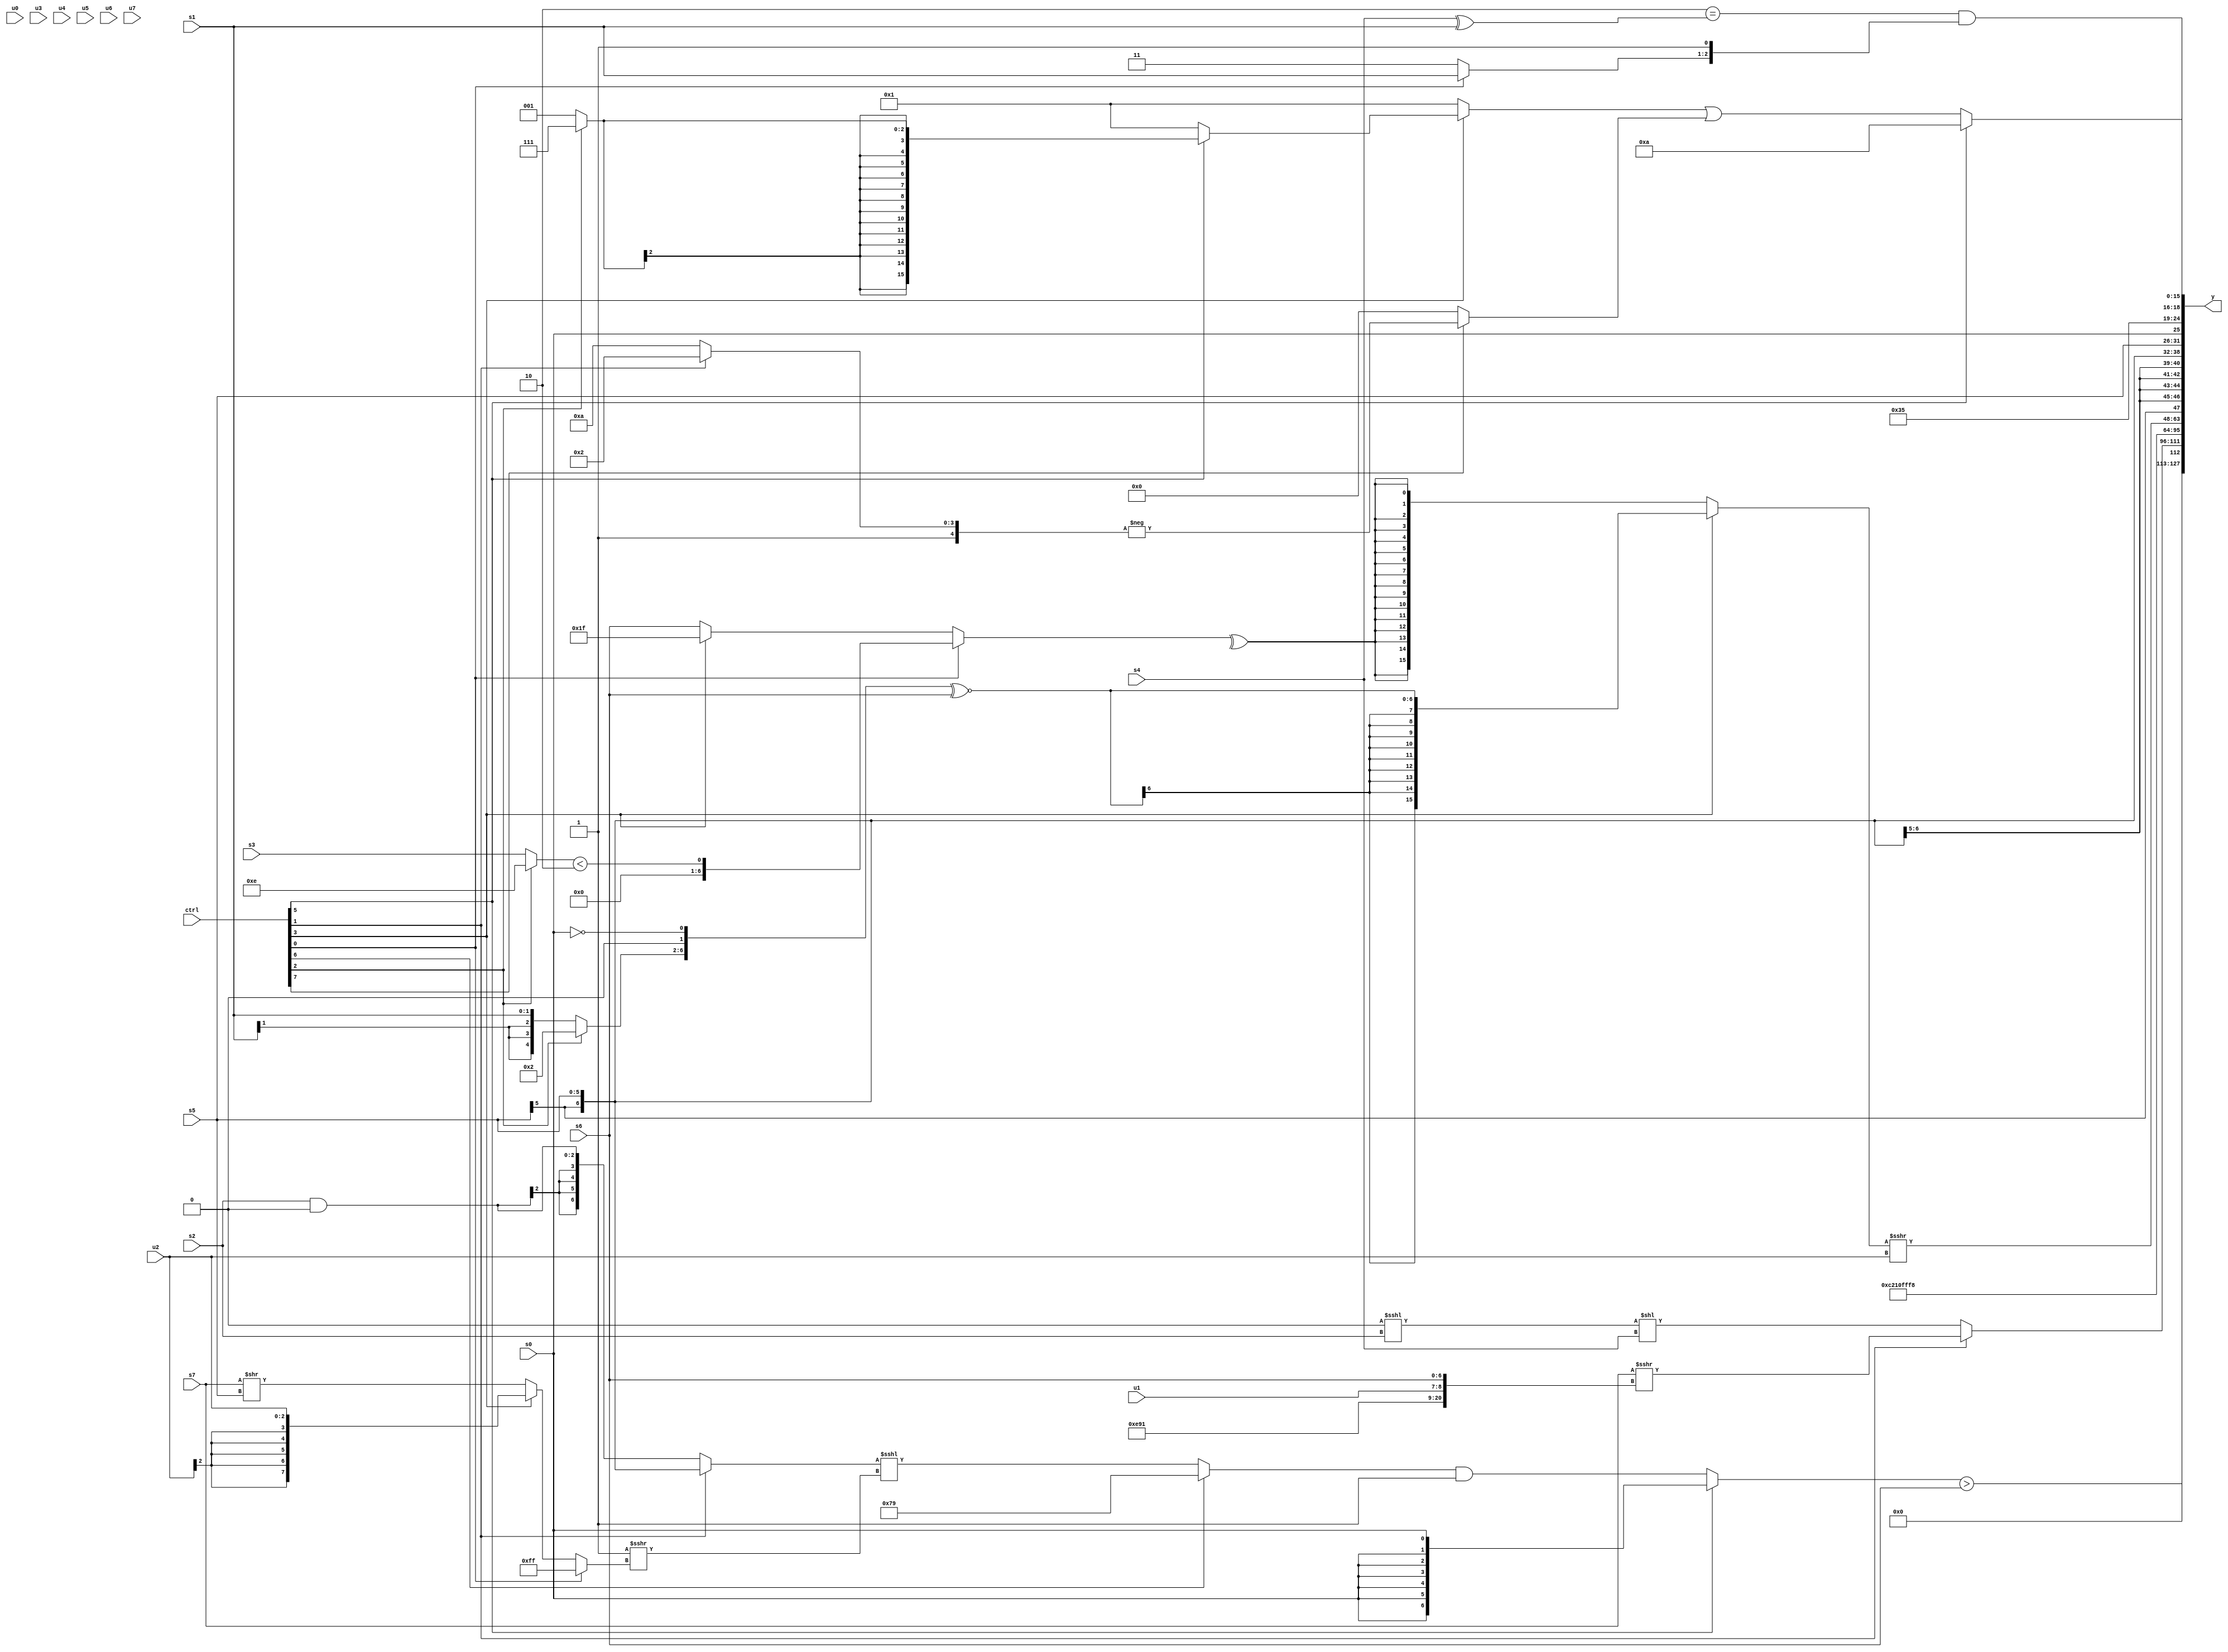
module wideexpr_00946(ctrl, u0, u1, u2, u3, u4, u5, u6, u7, s0, s1, s2, s3, s4, s5, s6, s7, y);
  input [7:0] ctrl;
  input [0:0] u0;
  input [1:0] u1;
  input [2:0] u2;
  input [3:0] u3;
  input [4:0] u4;
  input [5:0] u5;
  input [6:0] u6;
  input [7:0] u7;
  input signed [0:0] s0;
  input signed [1:0] s1;
  input signed [2:0] s2;
  input signed [3:0] s3;
  input signed [4:0] s4;
  input signed [5:0] s5;
  input signed [6:0] s6;
  input signed [7:0] s7;
  output [127:0] y;
  wire [15:0] y0;
  wire [15:0] y1;
  wire [15:0] y2;
  wire [15:0] y3;
  wire [15:0] y4;
  wire [15:0] y5;
  wire [15:0] y6;
  wire [15:0] y7;
  assign y = {y0,y1,y2,y3,y4,y5,y6,y7};
  assign y0 = ((ctrl[5]?s0:((ctrl[6]?-(4'sb0111):((ctrl[1]?s5:(s2)&(1'sb0)))<<<(($signed(3'sb111))>>>((ctrl[0]?$signed(3'b111):(ctrl[3]?$signed(u2):(s7)>>(s5)))))))&(-(4'sb0001))))>(s6);
  assign y1 = (ctrl[1]?(s7)>>>({{-(4'sb0010),(3'sb110)<<(2'sb01)},5'sb10001,u1,s6}):((2'sb00)<<<(s2))<<(s4));
  assign y2 = $signed({3{5'sb10000}});
  assign y3 = 4'sb1000;
  assign y4 = ((ctrl[3]?$signed(({(ctrl[2]?$signed(5'sb00010):s1),+($signed((4'b1111)<=(4'sb0000))),~&(s0)})^~(+(s6))):$signed(^(+((ctrl[0]?((ctrl[2]?2'sb10:s3))<($signed(5'b11110)):(ctrl[3]?5'b11111:$signed(s6))))))))>>>(u2);
  assign y5 = s5;
  assign y6 = $signed({(ctrl[1]?s3:s2),{{2{{s5,s0,6'b110101}}}},(($signed(2'sb10))==((s4)^(s1)))&({(ctrl[0]?s1:1'sb1),(5'sb00001)>=(2'sb00)})});
  assign y7 = (ctrl[5]?5'sb01010:((ctrl[3]?(ctrl[5]?$signed((ctrl[2]?$signed(3'sb111):3'sb001)):2'sb01):+(2'sb01)))|((ctrl[7]?-($signed((ctrl[1]?(1'sb0)^(6'b010010):{5'sb11010}))):((ctrl[7]?(ctrl[2]?$signed(1'sb1):(1'sb0)^(s5)):3'sb000))>>>(({(ctrl[1]?1'sb0:u4),2'sb01})<<(($unsigned(5'sb11001))^~(~^(1'sb0)))))));
endmodule